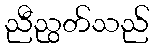
ညီညွတ်သည်